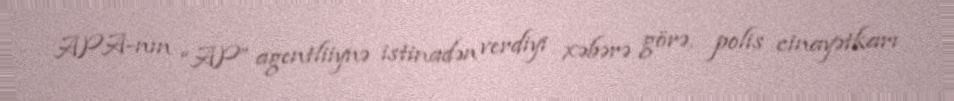
APA-nın “AP” agentliiynə istinadən verdiyi xəbərə görə, polis cinayətkarı